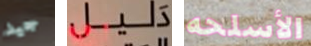
جيد دليل الأسلحه